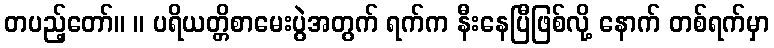
တပည့်တော်။ ။ ပရိယတ္တိစာမေးပွဲအတွက် ရက်က နီးနေပြီဖြစ်လို့ နောက် တစ်ရက်မှာ